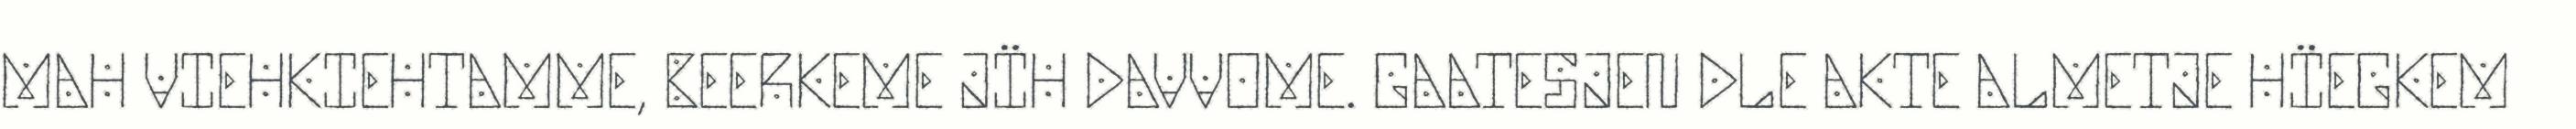
MAH VIEHKIEHTAMME, BEERKEME JÏH DAVVOME. GAATESJEN DLE AKTE ALMETJE HÏEGKEM